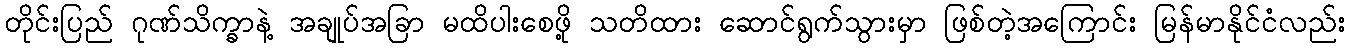
တိုင်းပြည် ဂုဏ်သိက္ခာနဲ့ အချုပ်အခြာ မထိပါးစေဖို့ သတိထား ဆောင်ရွက်သွားမှာ ဖြစ်တဲ့အကြောင်း မြန်မာနိုင်ငံလည်း